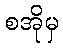
စအိုမှ